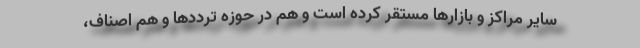
سایر مراکز و بازارها مستقر کرده است و هم در حوزه ترددها و هم اصناف،